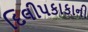
દિલીપકાકાની